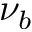
\nu _ { b }